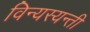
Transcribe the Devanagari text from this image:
विन्यस्यन्ती